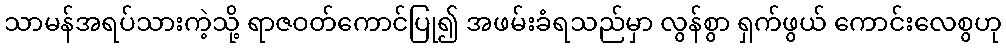
သာမန်အရပ်သားကဲ့သို့ ရာဇဝတ်ကောင်ပြု၍ အဖမ်းခံရသည်မှာ လွန်စွာ ရှက်ဖွယ် ကောင်းလေစွဟု